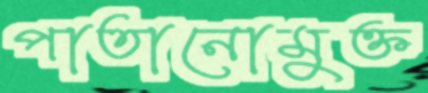
পাতানোমুক্ত